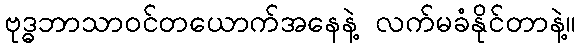
ဗုဒ္ဓဘာသာဝင်တယောက်အနေနဲ့ လက်မခံနိုင်တာနဲ့။